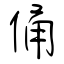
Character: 俑